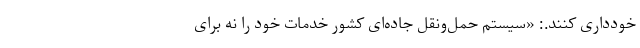
خودداری کنند.: «سیستم حمل‌ونقل جاده‌ای کشور خدمات خود را نه برای